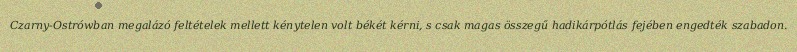
Czarny-Ostrówban megalázó feltételek mellett kénytelen volt békét kérni, s csak magas összegű hadikárpótlás fejében engedték szabadon.